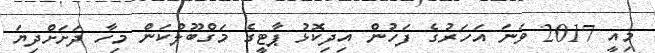
މިއީ 2017 ވަނަ އަހަރުގެ ފަހުން އިދިކޮޅު ޕާޓީގެ މަގްބޫލްކަން މިހާ ދަށަށްދިޔަ